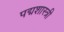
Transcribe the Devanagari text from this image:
पद्मशास्त्री